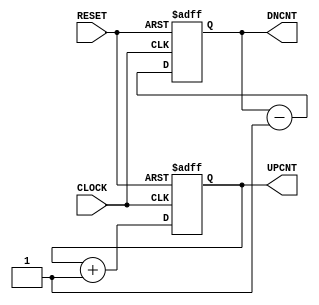
       ////////////////////////////////////////////////
      // NO_GR.V Version 1.0                        //
     // Xilinx HDL Syntheis Design Guide           //
    // The signal RESET initializes all registers //
   // Without the use of the dedicated global    //
  // reset routing (No STARTUP block)           //
 // December 1997                              //
////////////////////////////////////////////////

module no_gr ( CLOCK, RESET, UPCNT, DNCNT);

input CLOCK, RESET;
output [3:0] UPCNT;
output [3:0] DNCNT;

reg [3:0] UPCNT;
reg [3:0] DNCNT;

always @ (posedge CLOCK or posedge RESET) begin
    if (RESET) begin
        UPCNT = 4'b0000;
        DNCNT = 4'b1111;
    end else begin 
        UPCNT = UPCNT + 1'b1;
        DNCNT = DNCNT - 1'b1;
    end
end

endmodule